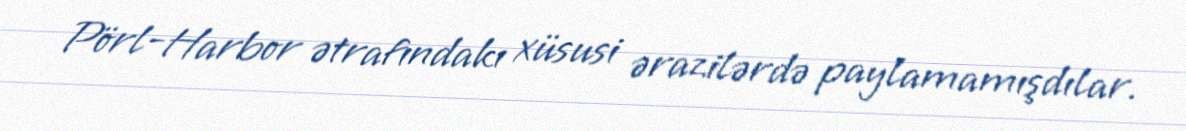
Pörl-Harbor ətrafındakı xüsusi ərazilərdə paylamamışdılar.